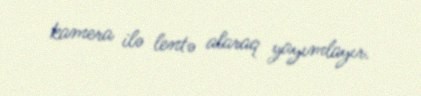
kamera ilə lentə alaraq yayımlayır.